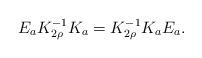
LaTeX: \begin{align*}E_{a}K_{2\rho}^{-1}K_{a}=K_{2\rho}^{-1}K_{a}E_{a}.\end{align*}